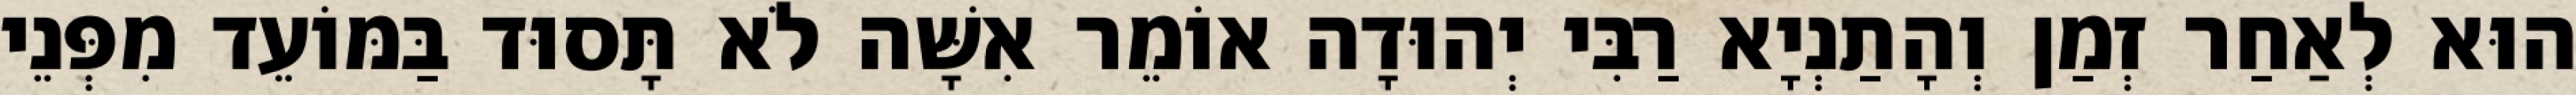
הוּא לְאַחַר זְמַן וְהָתַנְיָא רַבִּי יְהוּדָה אוֹמֵר אִשָּׁה לֹא תָּסוּד בַּמּוֹעֵד מִפְּנֵי